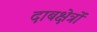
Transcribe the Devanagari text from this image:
दाबक्षेत्रों